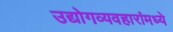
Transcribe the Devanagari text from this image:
उद्योगव्यवहारांमध्ये